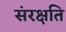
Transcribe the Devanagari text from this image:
संरक्षति